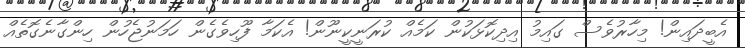
އެބީދައިން! މިހާރުވެސް ގައިމު އިދިކޮޅަކުން ކަމެއް ކުރަނީކީނޫން! އެކަމާ ފޫހިވެގެން ހަމަނުޖެހުން ހިންގާނެގޮތެއް